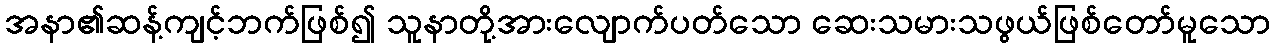
အနာ၏ဆန့်ကျင့်ဘက်ဖြစ်၍ သူနာတို့အားလျောက်ပတ်သော ဆေးသမားသဖွယ်ဖြစ်တော်မူသော